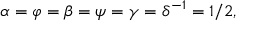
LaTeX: \alpha = \varphi = \beta = \psi = \gamma = \delta ^ { - 1 } = 1 / 2 ,